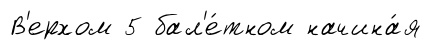
В'ерхом 5 бал'е́тном начина́я